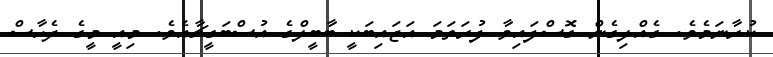
ކުރާނަމެވެ. ގެއްލިގެން ގޮސްފައިވާ ފުރަތަމަ އަޖައިބަކީ ބާބީލްގެ އުސްބަގީޗާއެވެ. މިއީ މީގެ ދެހާސް